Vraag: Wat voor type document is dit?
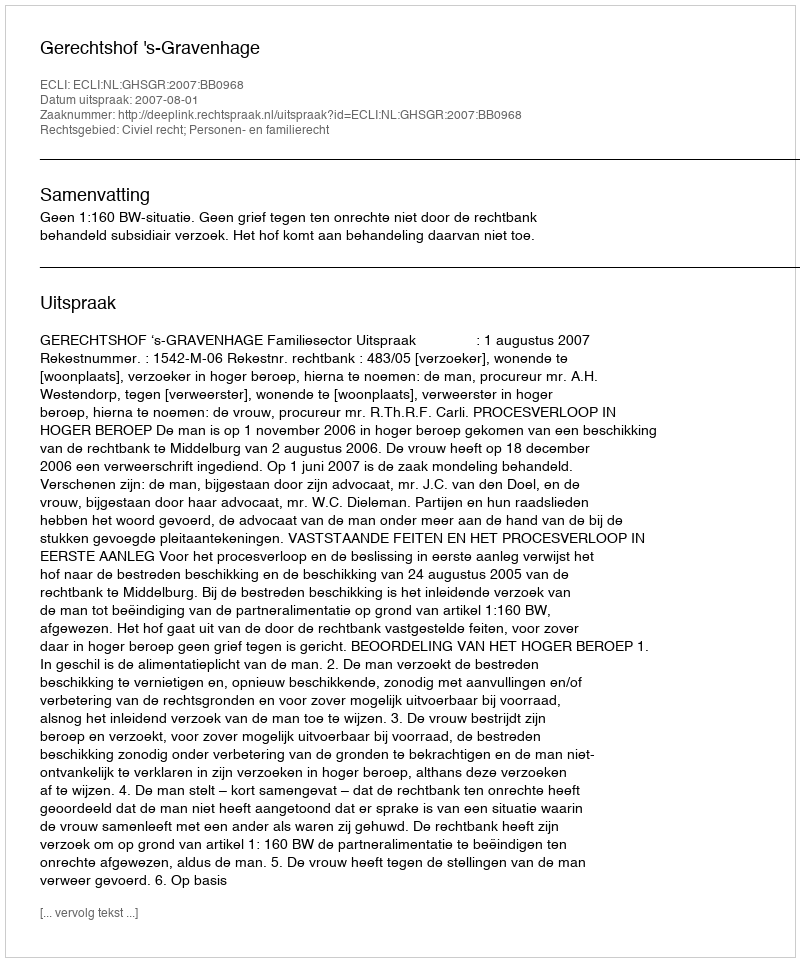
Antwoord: Uitspraak